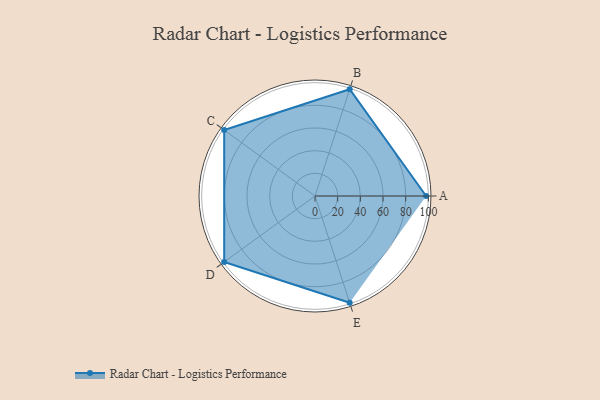
{"axis": {"x": "Skill", "y": "Score"}, "legend": ["Profile"], "data": [{"x": "A", "y": 98.0, "type": "Profile"}, {"x": "B", "y": 99, "type": "Profile"}, {"x": "C", "y": 99, "type": "Profile"}, {"x": "D", "y": 99, "type": "Profile"}, {"x": "E", "y": 99, "type": "Profile"}]}